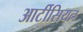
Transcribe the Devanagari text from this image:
आर्टीसियन